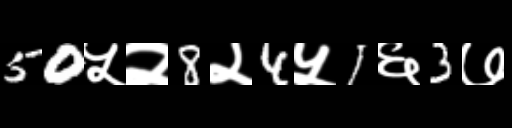
Text: 50५२8२4५1६3७